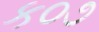
ક૦૭